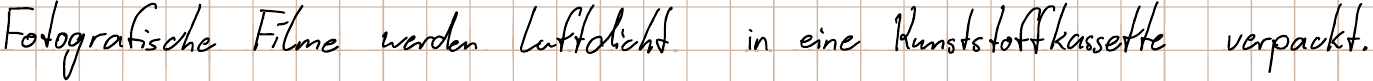
Fotografische Filme werden luftdicht in eine Kunststoffkassette verpackt.